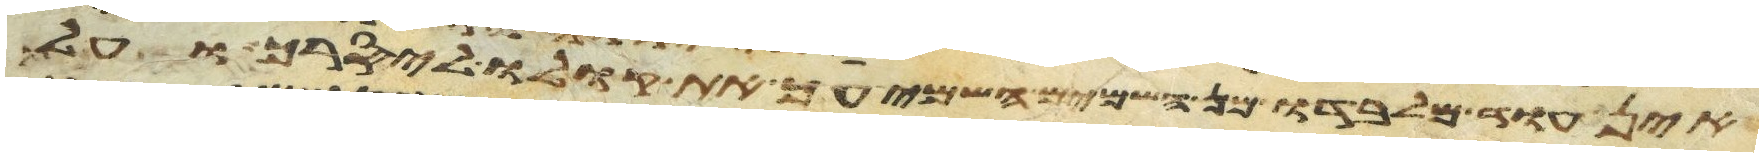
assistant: אין עוד מלבדו מן השמים השמיעך את קולו ליסרך ועל